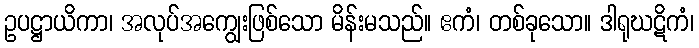
ဥပဋ္ဌာယိကာ၊ အလုပ်အကျွေးဖြစ်သော မိန်းမသည်။ ဧကံ၊ တစ်ခုသော။ ဒါရုဃဋိကံ၊